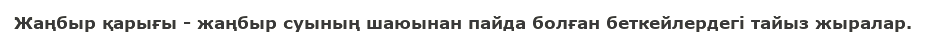
Жаңбыр қарығы - жаңбыр суының шаюынан пайда болған беткейлердегі тайыз жыралар.